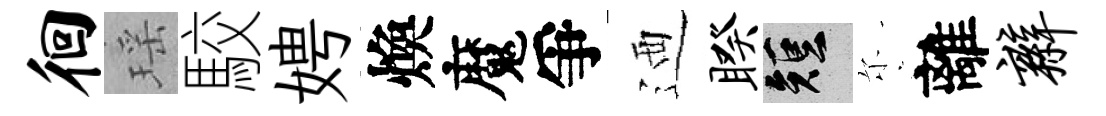
徊瑶駮娉煥魔爭迺睽短尓離辫